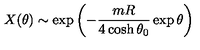
X ( \theta ) \sim \exp \left( - \frac { m R } { 4 \cosh \theta _ { 0 } } \exp \theta \right)